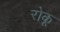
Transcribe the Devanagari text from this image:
रोकू